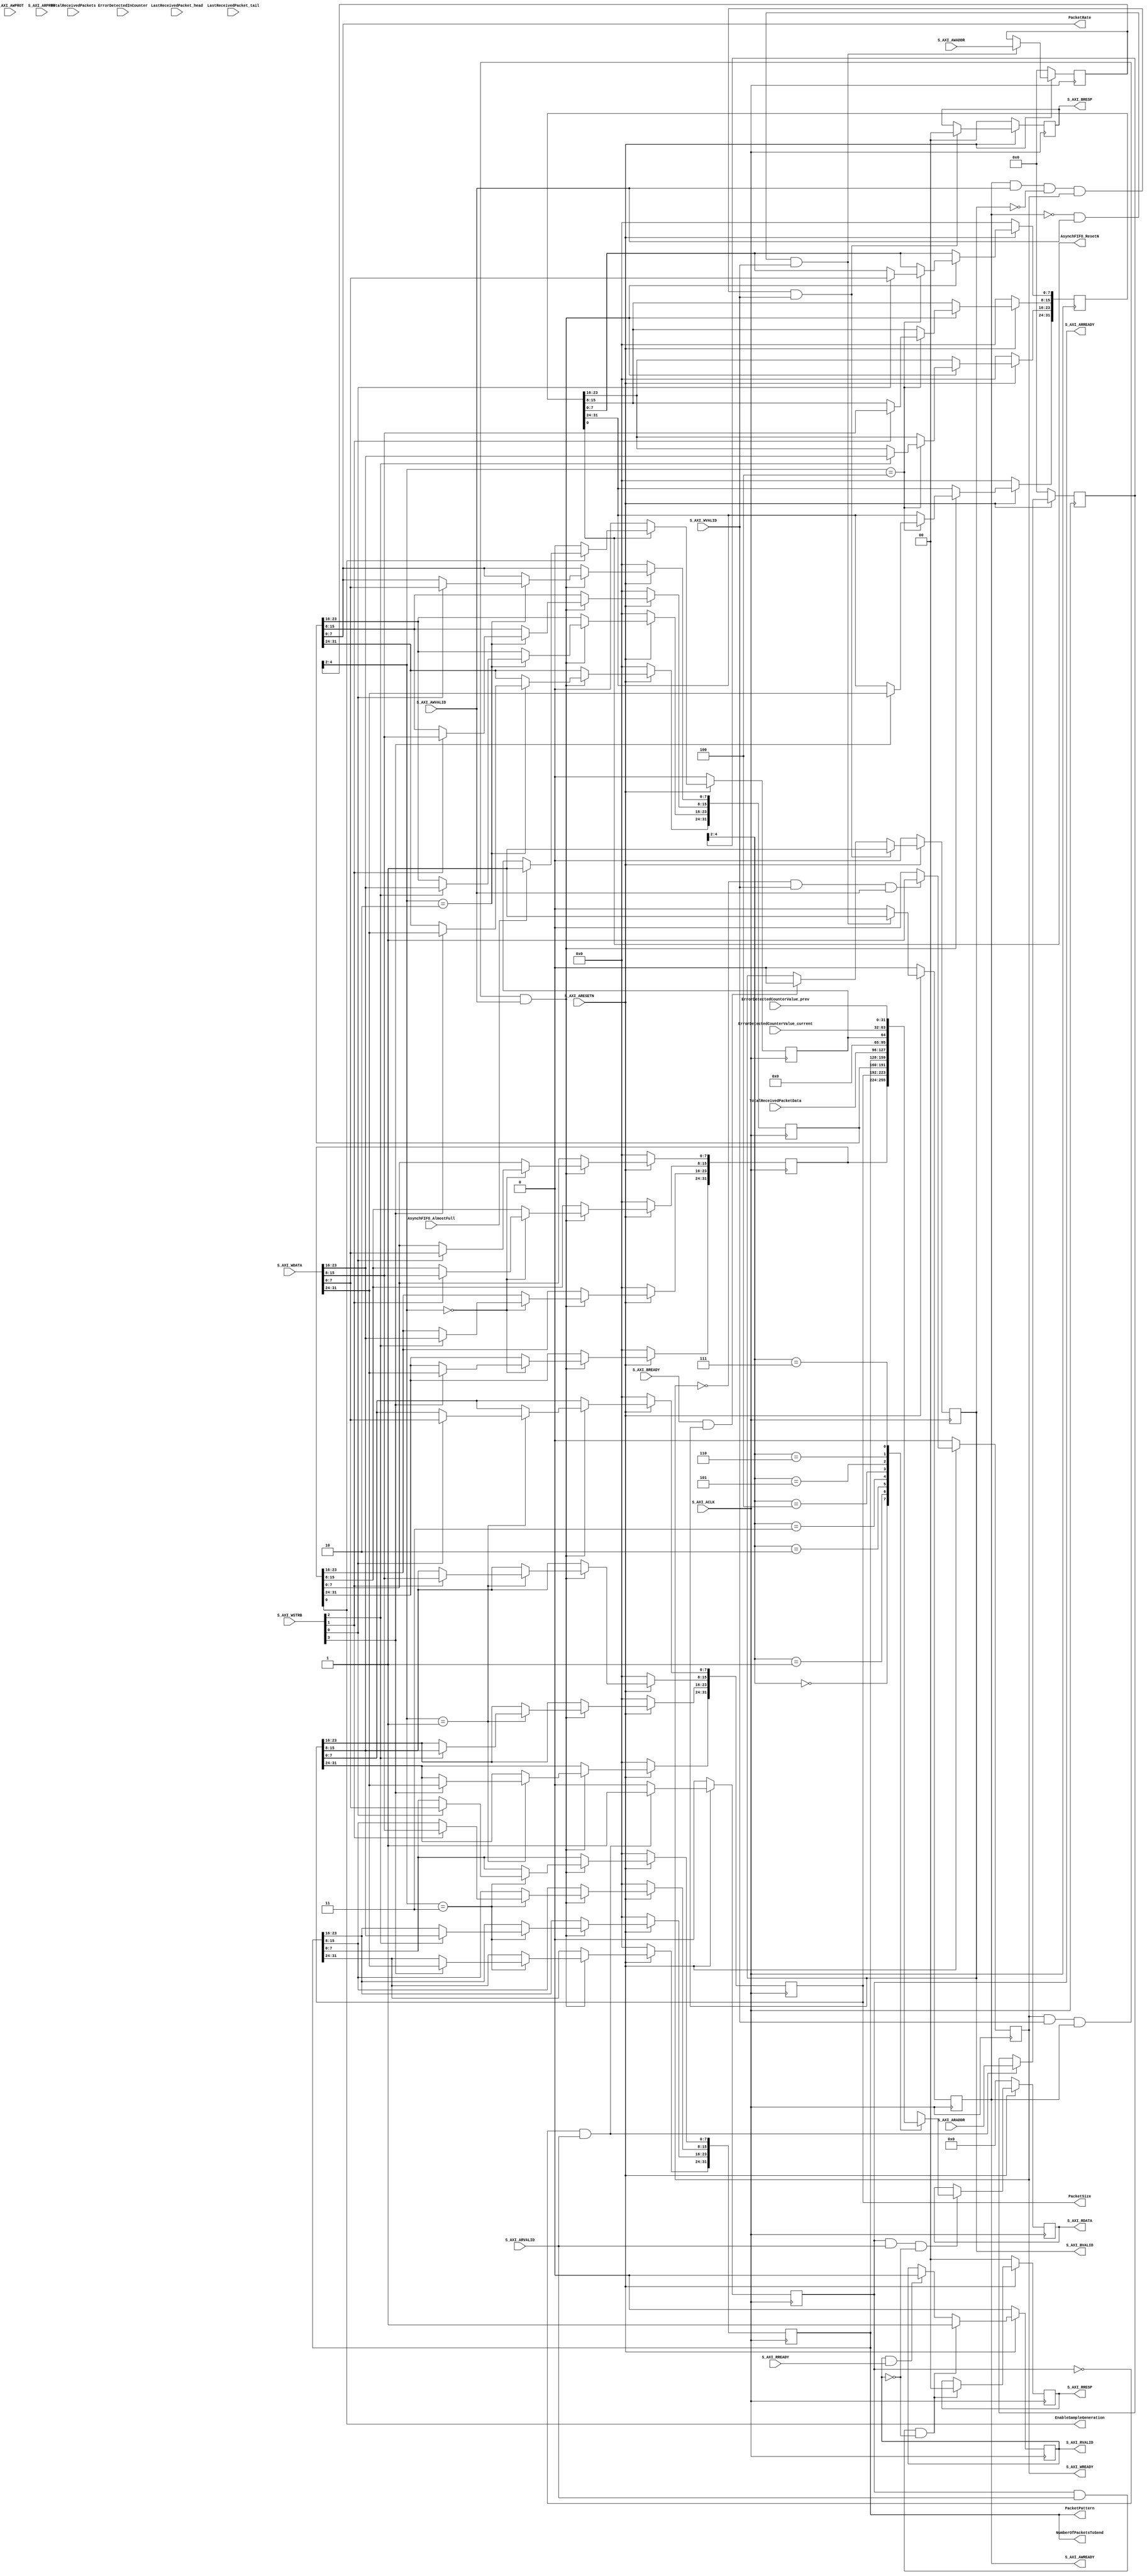
// Sadri - May - 28 - 2016 - Added NumberOfPacketsToSend to have a mechanism to make sure we check the fifo full event correctly. 
// Sadri - May - 25 - 2016 - Updated, added AsynchFIFO_AlmostFull port to show the user that the asynch fifo has got full. this should never happen. 
// Sadri - may - 02 - 2015 - updated ! 

// Addresses used : 
// base address + 0x00 : slv_reg0 : CPU WRITES : EnableSampleGeneration 	
// base address + 0x04 : slv_reg1 : CPU WRITES : PacketSize			
// base address + 0x08 : slv_reg2 : CPU WRITES : PacketRate 			
// base address + 0x0c : slv_reg3 : CPU WRITES : Number of Packets to send ( old use: PacketPattern )
// base address + 0x10 : slv_reg4 : CPU READs  : TotalReceivedPacketData 
// base address + 0x10 : slv_reg4 : CPU WRITEs : Reset signal to Asynch FIFO 
// base address + 0x14 : slv_reg5 : CPU READS  : Error detected in counter  // TotalReceivedPackets	// Also this reflects AsynchFIFO_AlmostFull 
// base address + 0x18 : slv_reg6 : CPU READS  : error detected counter value current  // LastReceivedPacket_head 
// base address + 0x1c : slv_reg7 : CPU READS  : error detected counter value prev  // LastReceivedPacket_tail

`timescale 1 ns / 1 ps

	module sample_generator_v2_0_S_AXI #
	(
		// Users to add parameters here

		// User parameters ends
		// Do not modify the parameters beyond this line

		// Width of S_AXI data bus
		parameter integer C_S_AXI_DATA_WIDTH	= 32,
		// Width of S_AXI address bus
		parameter integer C_S_AXI_ADDR_WIDTH	= 5
	)
	(
		// Users to add ports here
		output 	wire					EnableSampleGeneration, 
		output 	wire 	[C_S_AXI_DATA_WIDTH-1:0]	PacketSize, 
		output 	wire 	[7:0]				PacketRate, 
		output 	wire 	[C_S_AXI_DATA_WIDTH-1:0]	PacketPattern,
		output 	wire	[C_S_AXI_DATA_WIDTH-1:0]	NumberOfPacketsToSend,
		
		input 		[31:0]				TotalReceivedPacketData,
		input 		[31:0]				TotalReceivedPackets,
		input 		[31:0]				LastReceivedPacket_head,
		input 		[31:0]				LastReceivedPacket_tail,
		
		input 						ErrorDetectedInCounter, 
		input 		[31:0]	 			ErrorDetectedCounterValue_current,
		input 		[31:0]	 			ErrorDetectedCounterValue_prev,

		input 						AsynchFIFO_AlmostFull,
		output 						AsynchFIFO_ResetN,
		
		// User ports ends
		// Do not modify the ports beyond this line

		// Global Clock Signal
		input wire  S_AXI_ACLK,
		// Global Reset Signal. This Signal is Active LOW
		input wire  S_AXI_ARESETN,
		// Write address (issued by master, acceped by Slave)
		input wire [C_S_AXI_ADDR_WIDTH-1 : 0] S_AXI_AWADDR,
		// Write channel Protection type. This signal indicates the
    		// privilege and security level of the transaction, and whether
    		// the transaction is a data access or an instruction access.
		input wire [2 : 0] S_AXI_AWPROT,
		// Write address valid. This signal indicates that the master signaling
    		// valid write address and control information.
		input wire  S_AXI_AWVALID,
		// Write address ready. This signal indicates that the slave is ready
    		// to accept an address and associated control signals.
		output wire  S_AXI_AWREADY,
		// Write data (issued by master, acceped by Slave) 
		input wire [C_S_AXI_DATA_WIDTH-1 : 0] S_AXI_WDATA,
		// Write strobes. This signal indicates which byte lanes hold
    		// valid data. There is one write strobe bit for each eight
    		// bits of the write data bus.    
		input wire [(C_S_AXI_DATA_WIDTH/8)-1 : 0] S_AXI_WSTRB,
		// Write valid. This signal indicates that valid write
    		// data and strobes are available.
		input wire  S_AXI_WVALID,
		// Write ready. This signal indicates that the slave
    		// can accept the write data.
		output wire  S_AXI_WREADY,
		// Write response. This signal indicates the status
    		// of the write transaction.
		output wire [1 : 0] S_AXI_BRESP,
		// Write response valid. This signal indicates that the channel
    		// is signaling a valid write response.
		output wire  S_AXI_BVALID,
		// Response ready. This signal indicates that the master
    		// can accept a write response.
		input wire  S_AXI_BREADY,
		// Read address (issued by master, acceped by Slave)
		input wire [C_S_AXI_ADDR_WIDTH-1 : 0] S_AXI_ARADDR,
		// Protection type. This signal indicates the privilege
    		// and security level of the transaction, and whether the
    		// transaction is a data access or an instruction access.
		input wire [2 : 0] S_AXI_ARPROT,
		// Read address valid. This signal indicates that the channel
    		// is signaling valid read address and control information.
		input wire  S_AXI_ARVALID,
		// Read address ready. This signal indicates that the slave is
    		// ready to accept an address and associated control signals.
		output wire  S_AXI_ARREADY,
		// Read data (issued by slave)
		output wire [C_S_AXI_DATA_WIDTH-1 : 0] S_AXI_RDATA,
		// Read response. This signal indicates the status of the
    		// read transfer.
		output wire [1 : 0] S_AXI_RRESP,
		// Read valid. This signal indicates that the channel is
    		// signaling the required read data.
		output wire  S_AXI_RVALID,
		// Read ready. This signal indicates that the master can
    		// accept the read data and response information.
		input wire  S_AXI_RREADY
	);

	// AXI4LITE signals
	reg [C_S_AXI_ADDR_WIDTH-1 : 0] 	axi_awaddr;
	reg  	axi_awready;
	reg  	axi_wready;
	reg [1 : 0] 	axi_bresp;
	reg  	axi_bvalid;
	reg [C_S_AXI_ADDR_WIDTH-1 : 0] 	axi_araddr;
	reg  	axi_arready;
	reg [C_S_AXI_DATA_WIDTH-1 : 0] 	axi_rdata;
	reg [1 : 0] 	axi_rresp;
	reg  	axi_rvalid;

	// Example-specific design signals
	// local parameter for addressing 32 bit / 64 bit C_S_AXI_DATA_WIDTH
	// ADDR_LSB is used for addressing 32/64 bit registers/memories
	// ADDR_LSB = 2 for 32 bits (n downto 2)
	// ADDR_LSB = 3 for 64 bits (n downto 3)
	localparam integer ADDR_LSB = (C_S_AXI_DATA_WIDTH/32) + 1;
	localparam integer OPT_MEM_ADDR_BITS = 2;
	//----------------------------------------------
	//-- Signals for user logic register space example
	//------------------------------------------------
	//-- Number of Slave Registers 8
	reg [C_S_AXI_DATA_WIDTH-1:0]	slv_reg0;
	reg [C_S_AXI_DATA_WIDTH-1:0]	slv_reg1;
	reg [C_S_AXI_DATA_WIDTH-1:0]	slv_reg2;
	reg [C_S_AXI_DATA_WIDTH-1:0]	slv_reg3;
	reg [C_S_AXI_DATA_WIDTH-1:0]	slv_reg4;
	reg [C_S_AXI_DATA_WIDTH-1:0]	slv_reg5;
	reg [C_S_AXI_DATA_WIDTH-1:0]	slv_reg6;
	reg [C_S_AXI_DATA_WIDTH-1:0]	slv_reg7;
	wire	 slv_reg_rden;
	wire	 slv_reg_wren;
	reg [C_S_AXI_DATA_WIDTH-1:0]	 reg_data_out;
	integer	 byte_index;
	reg 				asynchFIFO_AlmostFullR;
	
	// I/O Connections assignments

	assign S_AXI_AWREADY	= axi_awready;
	assign S_AXI_WREADY	= axi_wready;
	assign S_AXI_BRESP	= axi_bresp;
	assign S_AXI_BVALID	= axi_bvalid;
	assign S_AXI_ARREADY	= axi_arready;
	assign S_AXI_RDATA	= axi_rdata;
	assign S_AXI_RRESP	= axi_rresp;
	assign S_AXI_RVALID	= axi_rvalid;
	// Implement axi_awready generation
	// axi_awready is asserted for one S_AXI_ACLK clock cycle when both
	// S_AXI_AWVALID and S_AXI_WVALID are asserted. axi_awready is
	// de-asserted when reset is low.

	always @( posedge S_AXI_ACLK )
	begin
	  if ( S_AXI_ARESETN == 1'b0 )
	    begin
	      axi_awready <= 1'b0;
	    end 
	  else
	    begin    
	      if (~axi_awready && S_AXI_AWVALID && S_AXI_WVALID)
	        begin
	          // slave is ready to accept write address when 
	          // there is a valid write address and write data
	          // on the write address and data bus. This design 
	          // expects no outstanding transactions. 
	          axi_awready <= 1'b1;
	        end
	      else           
	        begin
	          axi_awready <= 1'b0;
	        end
	    end 
	end       

	// Implement axi_awaddr latching
	// This process is used to latch the address when both 
	// S_AXI_AWVALID and S_AXI_WVALID are valid. 

	always @( posedge S_AXI_ACLK )
	begin
	  if ( S_AXI_ARESETN == 1'b0 )
	    begin
	      axi_awaddr <= 0;
	    end 
	  else
	    begin    
	      if (~axi_awready && S_AXI_AWVALID && S_AXI_WVALID)
	        begin
	          // Write Address latching 
	          axi_awaddr <= S_AXI_AWADDR;
	        end
	    end 
	end       

	// Implement axi_wready generation
	// axi_wready is asserted for one S_AXI_ACLK clock cycle when both
	// S_AXI_AWVALID and S_AXI_WVALID are asserted. axi_wready is 
	// de-asserted when reset is low. 

	always @( posedge S_AXI_ACLK )
	begin
	  if ( S_AXI_ARESETN == 1'b0 )
	    begin
	      axi_wready <= 1'b0;
	    end 
	  else
	    begin    
	      if (~axi_wready && S_AXI_WVALID && S_AXI_AWVALID)
	        begin
	          // slave is ready to accept write data when 
	          // there is a valid write address and write data
	          // on the write address and data bus. This design 
	          // expects no outstanding transactions. 
	          axi_wready <= 1'b1;
	        end
	      else
	        begin
	          axi_wready <= 1'b0;
	        end
	    end 
	end       

	// Implement memory mapped register select and write logic generation
	// The write data is accepted and written to memory mapped registers when
	// axi_awready, S_AXI_WVALID, axi_wready and S_AXI_WVALID are asserted. Write strobes are used to
	// select byte enables of slave registers while writing.
	// These registers are cleared when reset (active low) is applied.
	// Slave register write enable is asserted when valid address and data are available
	// and the slave is ready to accept the write address and write data.
	assign slv_reg_wren = axi_wready && S_AXI_WVALID && axi_awready && S_AXI_AWVALID;

	always @( posedge S_AXI_ACLK )
	begin
	  if ( S_AXI_ARESETN == 1'b0 )
	    begin
	      slv_reg0 <= 0;
	      slv_reg1 <= 0;
	      slv_reg2 <= 0;
	      slv_reg3 <= 0;
	      slv_reg4 <= 0;
	      slv_reg5 <= 0;
	      slv_reg6 <= 0;
	      slv_reg7 <= 0;
	    end 
	  else begin
	    if (slv_reg_wren)
	      begin
	        case ( axi_awaddr[ADDR_LSB+OPT_MEM_ADDR_BITS:ADDR_LSB] )
	          3'h0:
	            for ( byte_index = 0; byte_index <= (C_S_AXI_DATA_WIDTH/8)-1; byte_index = byte_index+1 )
	              if ( S_AXI_WSTRB[byte_index] == 1 ) begin
	                // Respective byte enables are asserted as per write strobes 
	                // Slave register 0
	                slv_reg0[(byte_index*8) +: 8] <= S_AXI_WDATA[(byte_index*8) +: 8];
	              end  
	          3'h1:
	            for ( byte_index = 0; byte_index <= (C_S_AXI_DATA_WIDTH/8)-1; byte_index = byte_index+1 )
	              if ( S_AXI_WSTRB[byte_index] == 1 ) begin
	                // Respective byte enables are asserted as per write strobes 
	                // Slave register 1
	                slv_reg1[(byte_index*8) +: 8] <= S_AXI_WDATA[(byte_index*8) +: 8];
	              end  
	          3'h2:
	            for ( byte_index = 0; byte_index <= (C_S_AXI_DATA_WIDTH/8)-1; byte_index = byte_index+1 )
	              if ( S_AXI_WSTRB[byte_index] == 1 ) begin
	                // Respective byte enables are asserted as per write strobes 
	                // Slave register 2
	                slv_reg2[(byte_index*8) +: 8] <= S_AXI_WDATA[(byte_index*8) +: 8];
	              end  
	          3'h3:
	            for ( byte_index = 0; byte_index <= (C_S_AXI_DATA_WIDTH/8)-1; byte_index = byte_index+1 )
	              if ( S_AXI_WSTRB[byte_index] == 1 ) begin
	                // Respective byte enables are asserted as per write strobes 
	                // Slave register 3
	                slv_reg3[(byte_index*8) +: 8] <= S_AXI_WDATA[(byte_index*8) +: 8];
	              end  
	          3'h4:
	            for ( byte_index = 0; byte_index <= (C_S_AXI_DATA_WIDTH/8)-1; byte_index = byte_index+1 )
	              if ( S_AXI_WSTRB[byte_index] == 1 ) begin
	                // Respective byte enables are asserted as per write strobes 
	                // Slave register 4
	                slv_reg4[(byte_index*8) +: 8] <= S_AXI_WDATA[(byte_index*8) +: 8];
	              end  
	          3'h5:
	            for ( byte_index = 0; byte_index <= (C_S_AXI_DATA_WIDTH/8)-1; byte_index = byte_index+1 )
	              if ( S_AXI_WSTRB[byte_index] == 1 ) begin
	                // Respective byte enables are asserted as per write strobes 
	                // Slave register 5
	                slv_reg5[(byte_index*8) +: 8] <= S_AXI_WDATA[(byte_index*8) +: 8];
	              end  
	          3'h6:
	            for ( byte_index = 0; byte_index <= (C_S_AXI_DATA_WIDTH/8)-1; byte_index = byte_index+1 )
	              if ( S_AXI_WSTRB[byte_index] == 1 ) begin
	                // Respective byte enables are asserted as per write strobes 
	                // Slave register 6
	                slv_reg6[(byte_index*8) +: 8] <= S_AXI_WDATA[(byte_index*8) +: 8];
	              end  
	          3'h7:
	            for ( byte_index = 0; byte_index <= (C_S_AXI_DATA_WIDTH/8)-1; byte_index = byte_index+1 )
	              if ( S_AXI_WSTRB[byte_index] == 1 ) begin
	                // Respective byte enables are asserted as per write strobes 
	                // Slave register 7
	                slv_reg7[(byte_index*8) +: 8] <= S_AXI_WDATA[(byte_index*8) +: 8];
	              end  
	          default : begin
	                      slv_reg0 <= slv_reg0;
	                      slv_reg1 <= slv_reg1;
	                      slv_reg2 <= slv_reg2;
	                      slv_reg3 <= slv_reg3;
	                      slv_reg4 <= slv_reg4;
	                      slv_reg5 <= slv_reg5;
	                      slv_reg6 <= slv_reg6;
	                      slv_reg7 <= slv_reg7;
	                    end
	        endcase
	      end
	  end
	end    

	// Implement write response logic generation
	// The write response and response valid signals are asserted by the slave 
	// when axi_wready, S_AXI_WVALID, axi_wready and S_AXI_WVALID are asserted.  
	// This marks the acceptance of address and indicates the status of 
	// write transaction.

	always @( posedge S_AXI_ACLK )
	begin
	  if ( S_AXI_ARESETN == 1'b0 )
	    begin
	      axi_bvalid  <= 0;
	      axi_bresp   <= 2'b0;
	    end 
	  else
	    begin    
	      if (axi_awready && S_AXI_AWVALID && ~axi_bvalid && axi_wready && S_AXI_WVALID)
	        begin
	          // indicates a valid write response is available
	          axi_bvalid <= 1'b1;
	          axi_bresp  <= 2'b0; // 'OKAY' response 
	        end                   // work error responses in future
	      else
	        begin
	          if (S_AXI_BREADY && axi_bvalid) 
	            //check if bready is asserted while bvalid is high) 
	            //(there is a possibility that bready is always asserted high)   
	            begin
	              axi_bvalid <= 1'b0; 
	            end  
	        end
	    end
	end   

	// Implement axi_arready generation
	// axi_arready is asserted for one S_AXI_ACLK clock cycle when
	// S_AXI_ARVALID is asserted. axi_awready is 
	// de-asserted when reset (active low) is asserted. 
	// The read address is also latched when S_AXI_ARVALID is 
	// asserted. axi_araddr is reset to zero on reset assertion.

	always @( posedge S_AXI_ACLK )
	begin
	  if ( S_AXI_ARESETN == 1'b0 )
	    begin
	      axi_arready <= 1'b0;
	      axi_araddr  <= 32'b0;
	    end 
	  else
	    begin    
	      if (~axi_arready && S_AXI_ARVALID)
	        begin
	          // indicates that the slave has acceped the valid read address
	          axi_arready <= 1'b1;
	          // Read address latching
	          axi_araddr  <= S_AXI_ARADDR;
	        end
	      else
	        begin
	          axi_arready <= 1'b0;
	        end
	    end 
	end       

	// Implement axi_arvalid generation
	// axi_rvalid is asserted for one S_AXI_ACLK clock cycle when both 
	// S_AXI_ARVALID and axi_arready are asserted. The slave registers 
	// data are available on the axi_rdata bus at this instance. The 
	// assertion of axi_rvalid marks the validity of read data on the 
	// bus and axi_rresp indicates the status of read transaction.axi_rvalid 
	// is deasserted on reset (active low). axi_rresp and axi_rdata are 
	// cleared to zero on reset (active low).  
	always @( posedge S_AXI_ACLK )
	begin
	  if ( S_AXI_ARESETN == 1'b0 )
	    begin
	      axi_rvalid <= 0;
	      axi_rresp  <= 0;
	    end 
	  else
	    begin    
	      if (axi_arready && S_AXI_ARVALID && ~axi_rvalid)
	        begin
	          // Valid read data is available at the read data bus
	          axi_rvalid <= 1'b1;
	          axi_rresp  <= 2'b0; // 'OKAY' response
	        end   
	      else if (axi_rvalid && S_AXI_RREADY)
	        begin
	          // Read data is accepted by the master
	          axi_rvalid <= 1'b0;
	        end                
	    end
	end    

	// Implement memory mapped register select and read logic generation
	// Slave register read enable is asserted when valid address is available
	// and the slave is ready to accept the read address.
	assign slv_reg_rden = axi_arready & S_AXI_ARVALID & ~axi_rvalid;
	always @(*)
	begin
	      // Address decoding for reading registers
	      case ( axi_araddr[ADDR_LSB+OPT_MEM_ADDR_BITS:ADDR_LSB] )
	        3'h0   : reg_data_out <= slv_reg0;
	        3'h1   : reg_data_out <= slv_reg1;
	        3'h2   : reg_data_out <= slv_reg2;
	        3'h3   : reg_data_out <= slv_reg3;
	        3'h4   : reg_data_out <= TotalReceivedPacketData; 		//slv_reg4;
	        3'h5   : reg_data_out <= asynchFIFO_AlmostFullR; // ErrorDetectedInCounter; // TotalReceivedPackets; 		//slv_reg5;
	        3'h6   : reg_data_out <= ErrorDetectedCounterValue_current; // LastReceivedPacket_head; 	//slv_reg6;
	        3'h7   : reg_data_out <= ErrorDetectedCounterValue_prev; // LastReceivedPacket_tail; 	//slv_reg7;
	        default : reg_data_out <= 0;
	      endcase
	end

	// Output register or memory read data
	always @( posedge S_AXI_ACLK )
	begin
	  if ( S_AXI_ARESETN == 1'b0 )
	    begin
	      axi_rdata  <= 0;
	    end 
	  else
	    begin    
	      // When there is a valid read address (S_AXI_ARVALID) with 
	      // acceptance of read address by the slave (axi_arready), 
	      // output the read dada 
	      if (slv_reg_rden)
	        begin
	          axi_rdata <= reg_data_out;     // register read data
	        end   
	    end
	end    

	// Add user logic here

	assign EnableSampleGeneration = slv_reg0[0]; 
	assign PacketSize = slv_reg1; 
	assign PacketRate = slv_reg2[7:0]; 
	assign PacketPattern = slv_reg3;
	assign NumberOfPacketsToSend = slv_reg3; 
	
	always @( posedge S_AXI_ACLK ) begin 
		if ( S_AXI_ARESETN == 0 ) begin 
			asynchFIFO_AlmostFullR <= 0; 
		end 
		else begin 
			if ( ! AsynchFIFO_ResetN ) begin 
				asynchFIFO_AlmostFullR <= 0;
			end 
			else if ( ! EnableSampleGeneration ) begin 
				asynchFIFO_AlmostFullR <= 0;
			end 
			else if ( AsynchFIFO_AlmostFull ) begin 
				asynchFIFO_AlmostFullR <= 1; 
			end 
			else begin 
				asynchFIFO_AlmostFullR <= asynchFIFO_AlmostFullR;
			end 
		end 
	end 
	
	// Active Low Reset Signal going to the Asynch FIFO 
	// By default this register is all zero and fifo remains in reset until you explicitly write to this register. 
	assign AsynchFIFO_ResetN = slv_reg4[0];
	
	// User logic ends

	endmodule